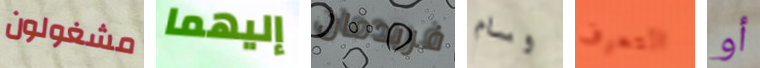
مشغولون إليهما فريدمان وسام التعرف أو